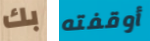
بك أوقفته